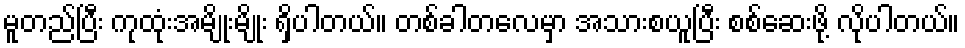
မူတည်ပြီး ကုထုံးအမျိုးမျိုး ရှိပါတယ်။ တစ်ခါတလေမှာ အသားစယူပြီး စစ်ဆေးဖို့ လိုပါတယ်။